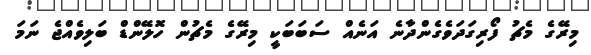
މިރޭގެ މެޗު ފޯރިގަދަވެގެންދާނެ އަނެއް ސަބަބަކީ މިރޭގެ މެޗުން ހޮލޭންޑް ބަލިވެއްޖެ ނަމަ